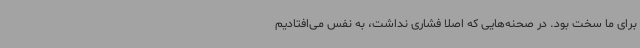
برای ما سخت بود. در صحنه‌هایی که اصلا فشاری نداشت، به نفس می‌افتادیم